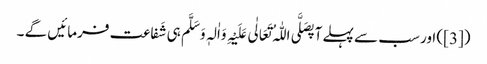
([3]) اور سب سے پہلے آپصَلَّی اللّٰہُ تَعَالٰی عَلَیْہِ وَاٰلہٖ وَسَلَّم ہی شَفاعت فرمائیں گے ۔